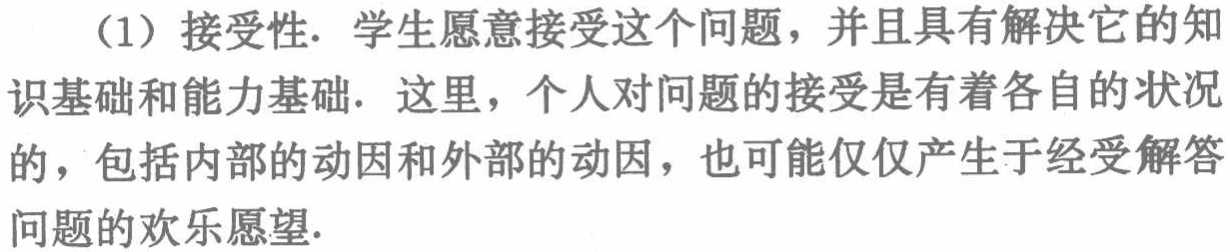
（1）接受性. 学生愿意接受这个问题，并且具有解决它的知识基础和能力基础. 这里，个人对问题的接受是有着各自的状况的，包括内部的动因和外部的动因，也可能仅仅产生于经受解答问题的欢乐愿望.